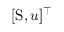
[ \mathrm { S } , u ] ^ { \top }